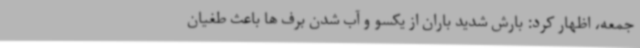
جمعه، اظهار کرد: بارش شدید باران از یکسو و آب شدن برف ها باعث طغیان